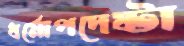
ধর্মোপদেষ্টা